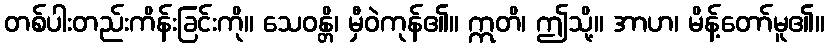
တစ်ပါးတည်းကိန်းခြင်းကို။ သေဝန္တိ၊ မှီဝဲကုန်၏။ ဣတိ၊ ဤသို့။ အာဟ၊ မိန့်တော်မူ၏။